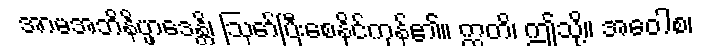
အာမအဘိနိပ္ဖာဒေန္တိ၊ ဩော်ပြီးစေနိုင်ကုန်၏။ ဣတိ၊ ဤသို့။ အဝေါစ၊